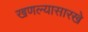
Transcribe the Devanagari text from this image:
खणल्यासारखे